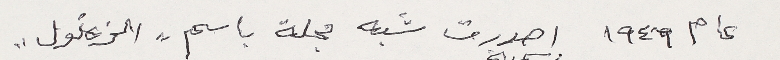
عام ١٩٤٦ اصدرت شبه مجلة باسم "الزغلول"